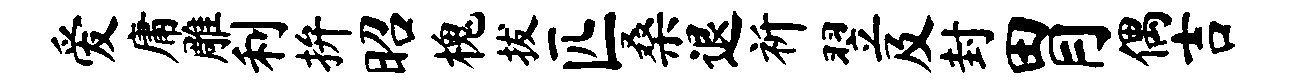
爱庸雕利拚昭槐拔匹桑退祈翌及封胃偶吉